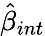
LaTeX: \hat{\beta}_{int}